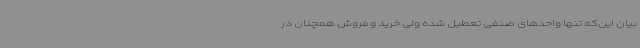
بیان این‌که تنها واحدهای صنفی تعطیل شده ولی خرید و فروش همچنان در